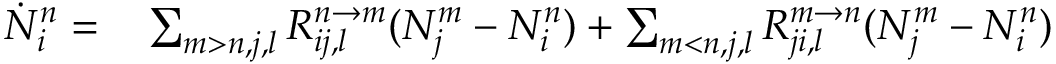
\begin{array} { r l } { \dot { N } _ { i } ^ { n } = } & { { } \sum _ { m > n , j , l } R _ { i j , l } ^ { n \rightarrow m } ( N _ { j } ^ { m } - N _ { i } ^ { n } ) + \sum _ { m < n , j , l } R _ { j i , l } ^ { m \rightarrow n } ( N _ { j } ^ { m } - N _ { i } ^ { n } ) } \end{array}